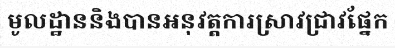
មូលដ្ឋាននិងបានអនុវត្តការស្រាវជ្រាវផ្នែក